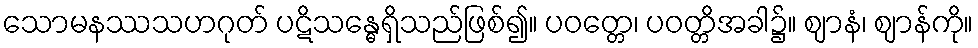
သောမနဿသဟဂုတ် ပဋိသန္ဓေရှိသည်ဖြစ်၍။ ပဝတ္တေ၊ ပဝတ္တိအခါ၌။ ဈာနံ၊ ဈာန်ကို။